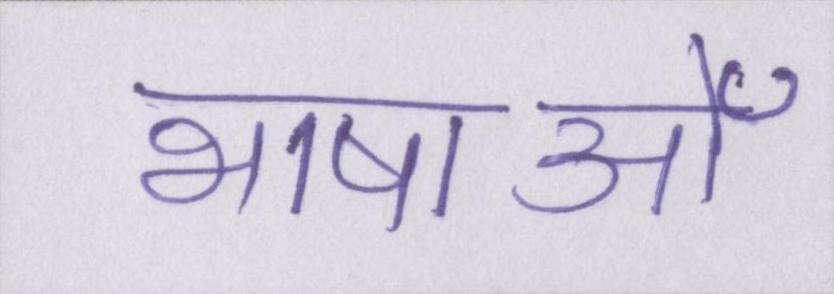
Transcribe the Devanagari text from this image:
भाषाओँ